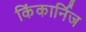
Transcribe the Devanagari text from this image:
किंकार्निज